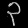
Digit: ၃